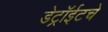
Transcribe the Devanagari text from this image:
डेट्रॉईटचे